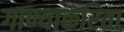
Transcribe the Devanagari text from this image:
गाण्याकरिता